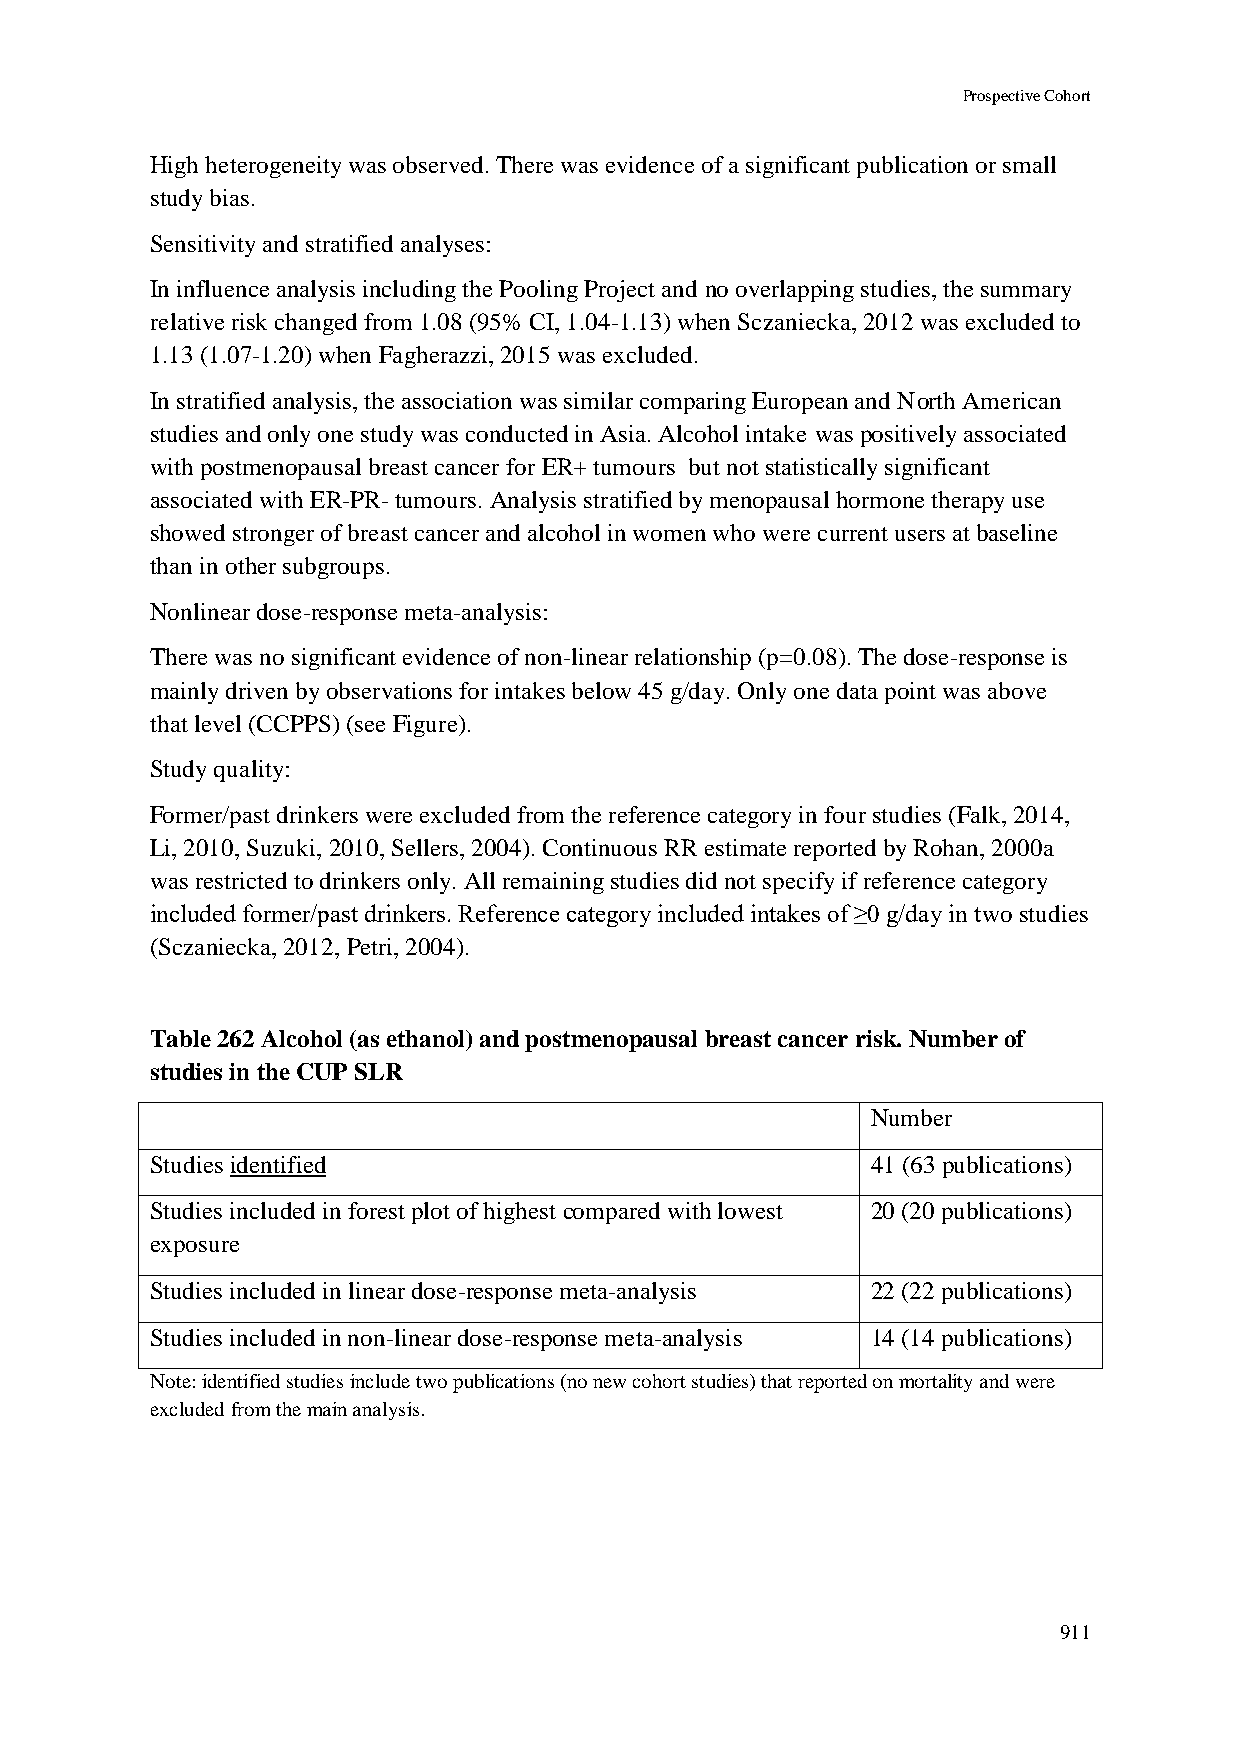
Prospective Cohort
 High heterogeneity was observed. There was evidence of a significant publication or small
 study bias.
 Sensitivity and stratified analyses:
 In influence analysis including the Pooling Project and no overlapping studies, the summary
 relative risk changed from 1.08 (95% CI, 1.04-1.13) when Sczaniecka, 2012 was excluded to
 1.13 (1.07-1.20) when Fagherazzi, 2015 was excluded.
 In stratified analysis, the association was similar comparing European and North American
 studies and only one study was conducted in Asia. Alcohol intake was positively associated
 with postmenopausal breast cancer for ER+ tumours but not statistically significant
 associated with ER-PR- tumours. Analysis stratified by menopausal hormone therapy use
 showed stronger of breast cancer and alcohol in women who were current users at baseline
 than in other subgroups.
 Nonlinear dose-response meta-analysis:
 There was no significant evidence of non-linear relationship (p=0.08). The dose-response is
 mainly driven by observations for intakes below 45 g/day. Only one data point was above
 that level (CCPPS) (see Figure).
 Study quality:
 Former/past drinkers were excluded from the reference category in four studies (Falk, 2014,
 Li, 2010, Suzuki, 2010, Sellers, 2004). Continuous RR estimate reported by Rohan, 2000a
 was restricted to drinkers only. All remaining studies did not specify if reference category
 included former/past drinkers. Reference category included intakes of ≥0 g/day in two studies
 (Sczaniecka, 2012, Petri, 2004).
 Table 262 Alcohol (as ethanol) and postmenopausal breast cancer risk. Number of
 studies in the CUP SLR
 Number
 Studies identified                              41 (63 publications)
 Studies included in forest plot of highest compared with lowest 20 (20 publications)
 exposure
 Studies included in linear dose-response meta-analysis 22 (22 publications)
 Studies included in non-linear dose-response meta-analysis 14 (14 publications)
 Note: identified studies include two publications (no new cohort studies) that reported on mortality and were
 excluded from the main analysis.
 911